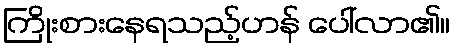
ကြိုးစားနေရသည့်ဟန် ပေါ်လာ၏။